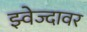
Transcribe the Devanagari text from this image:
झ्वेज्दावर